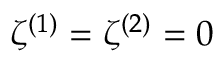
\zeta ^ { ( 1 ) } = \zeta ^ { ( 2 ) } = 0